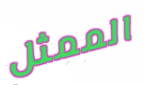
الممثل